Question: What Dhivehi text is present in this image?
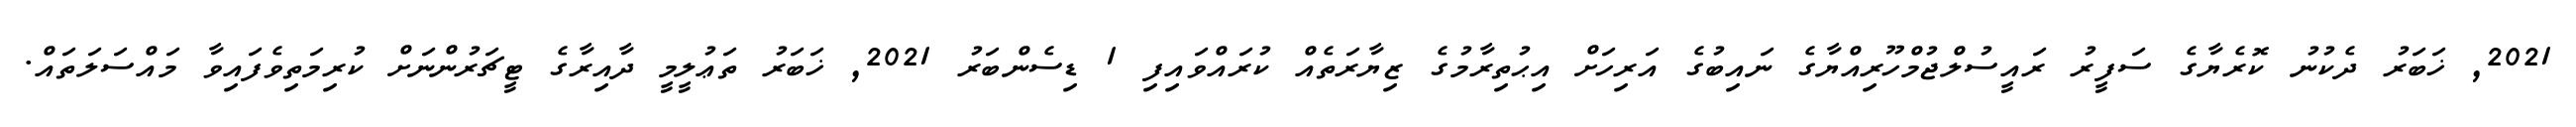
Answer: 2021, ޚަބަރު ދެކުނު ކޮރެޔާގެ ސަފީރު ރައީސުލްޖުމްހޫރިއްޔާގެ ނައިބުގެ އަރިހަށް އިޙުތިރާމުގެ ޒިޔާރަތެއް ކުރައްވައިފި 1 ޑިސެންބަރު 2021, ޚަބަރު ތަޢުލީމީ ދާއިރާގެ ޓީޗަރުންނަށް ކުރިމަތިވެފައިވާ މައްސަލަތައް.